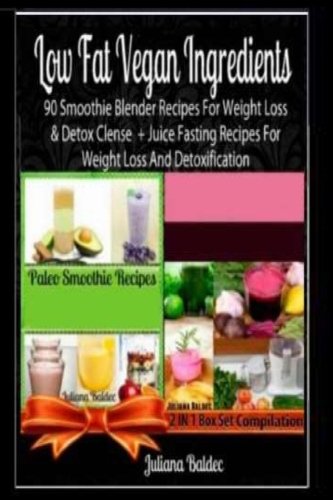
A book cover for Low Fat Vegan Ingredients: 90 Smoothie Blender Recipes For Weight Loss & Detox Clense + Juice Fasting Recipes For Weight Loss And Detoxification; Juliana Baldec; Cookbooks, Food & Wine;